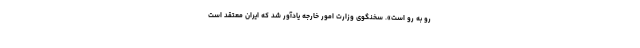
رو به رو است». سخنگوی وزارت امور خارجه یادآور شد که ایران معتقد است